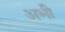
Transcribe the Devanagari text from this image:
अभीे